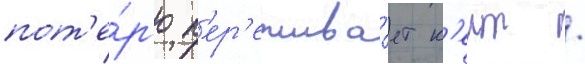
пот'е́р'ю п'ер'ежива́ет к'еит /